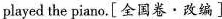
played the piano.[全国卷·改编]